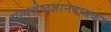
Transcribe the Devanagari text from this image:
सत्यश्रेष्ठज्ञानदायकम